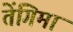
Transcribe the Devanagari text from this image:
तेंगिमा